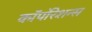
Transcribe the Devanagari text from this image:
कॉर्पोरेशन्‍स